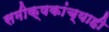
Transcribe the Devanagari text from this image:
समीक्षकांच्याही